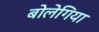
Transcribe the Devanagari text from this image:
बोलेगिया